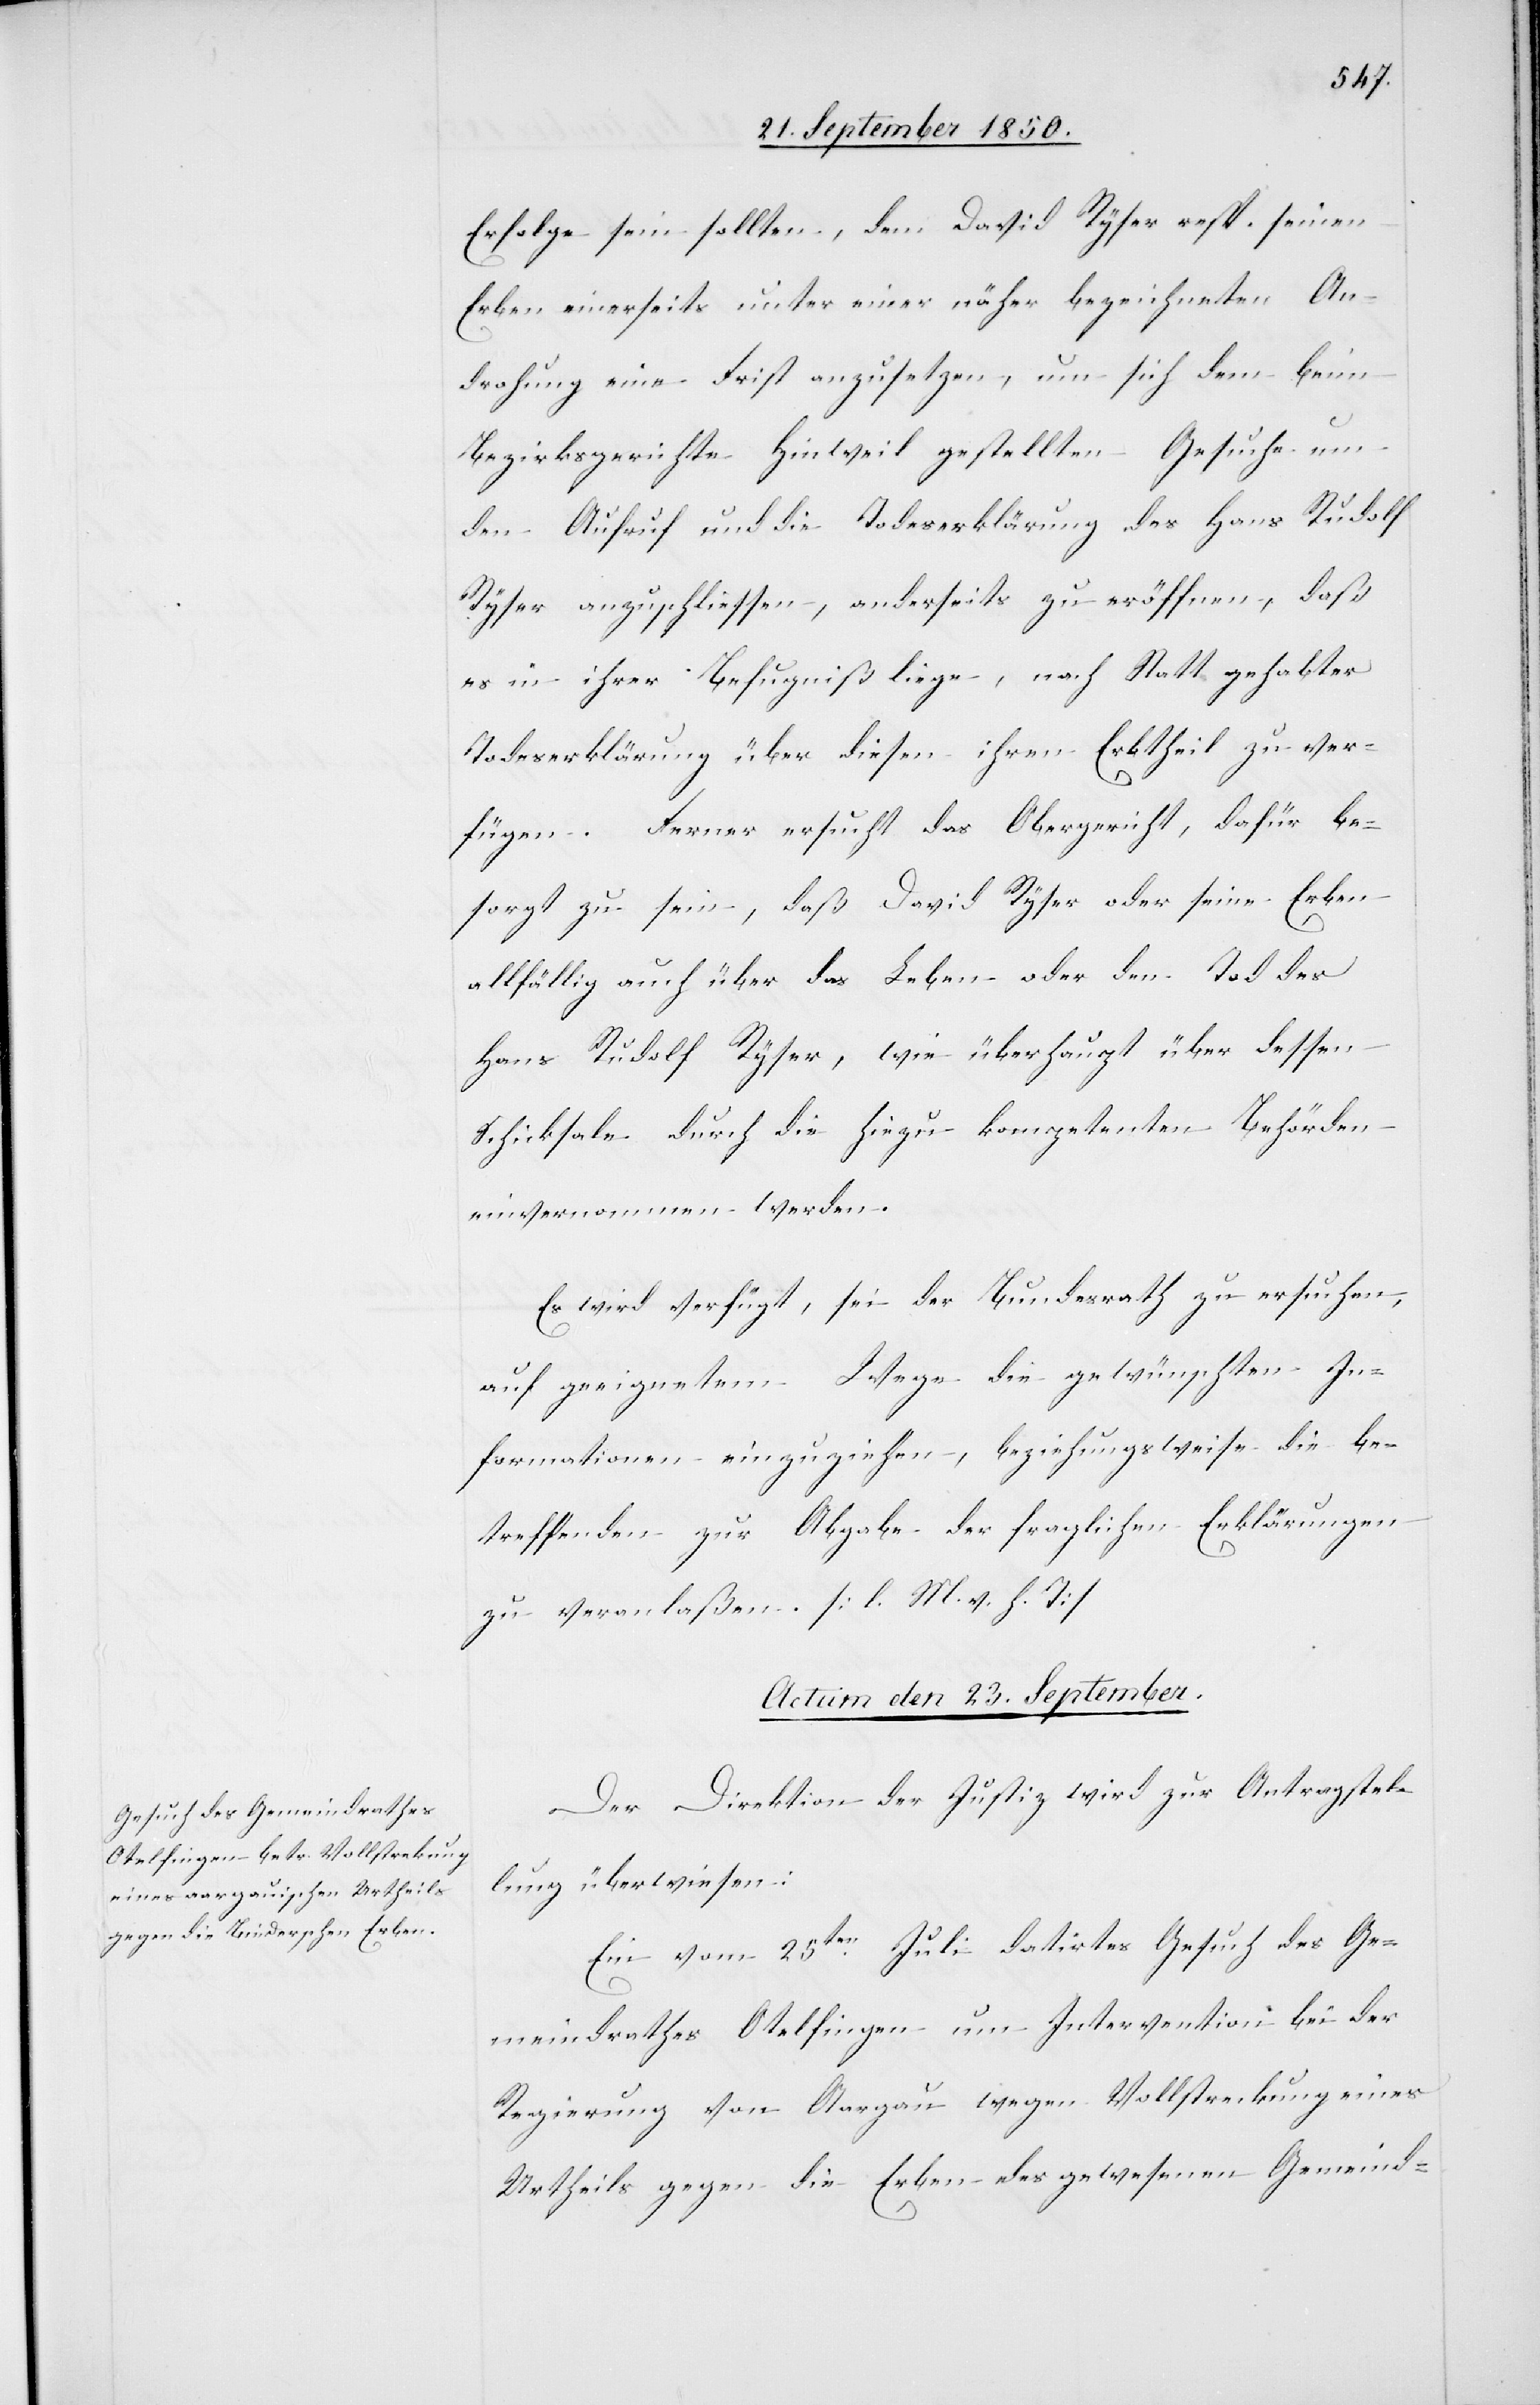
Erfolge sein sollten, dem David Ryser resp. seinen
Erben einerseits unter einer näher bezeichneten An¬
drohung eine Frist anzusetzen, um sich dem beim
Bezirksgerichte Hinweil gestellten Gesuche um
den Aufruf und die Todeserklärung des Hans Rudolf
Ryser anzuschliessen, anderseits zu eröffnen, daß
es in ihrer Befugniß liege, nach Statt gehabter
Todeserklärung über diesen ihren Erbtheil zu ver¬
fügen. Ferner ersucht das Obergericht, dafür be¬
sorgt zu sein, daß David Ryser oder seine Erben
allfällig auch über das Leben oder den Tod des
Hans Rudolf Ryser, wie überhaupt über dessen
Schicksale durch die hiezu kompetenten Behörden
einvernommen werden.
Es wird verfügt, sei der Bundesrath zu ersuchen,
auf geeignetem Wege die gewünschten In¬
formationen einzuziehen, beziehungsweise die be¬
treffenden zur Abgabe der fraglichen Erklärungen
zu veranlaßen. [l. M. v. h. T]
Actum den 23. September.
Der Direktion der Justiz wird zur Antragstel¬
lung überwiesen:
Ein vom 25ten Juli datirtes Gesuch des Ge¬
meindrathes Otelfingen um Intervention bei der
Regierung von Aargau wegen Vollstreckung eines
Urtheils gegen die Erben des gewesenen Gemeind-